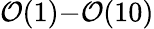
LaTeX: \mathcal{O}(1){-}\mathcal{O}(10)